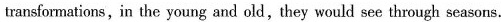
transformations,in the young and old,they would see through seasons.